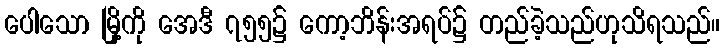
ပေါသော မြို့ကို အေဒီ ၇၅၅၌ ကော့ဘိန်းအရပ်၌ တည်ခဲ့သည်ဟုသိရသည်။